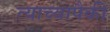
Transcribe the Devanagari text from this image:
त्याच्यापैकी